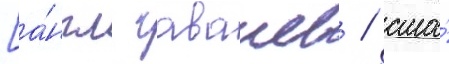
[а́нгл. гаваиев / сша́